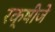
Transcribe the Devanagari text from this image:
रक्षीजे